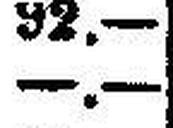
—.—